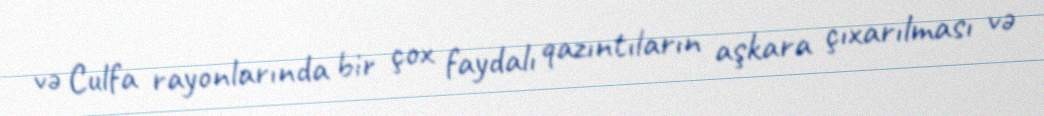
və Culfa rayonlarında bir çox faydalı qazıntıların aşkara çıxarılması və